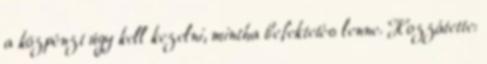
a közpénzt úgy kell kezelni, mintha befektetés lenne. Hozzátette: